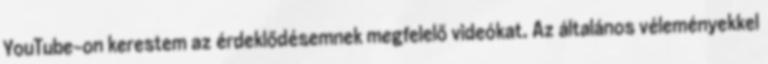
YouTube-on kerestem az érdeklődésemnek megfelelő videókat. Az általános véleményekkel